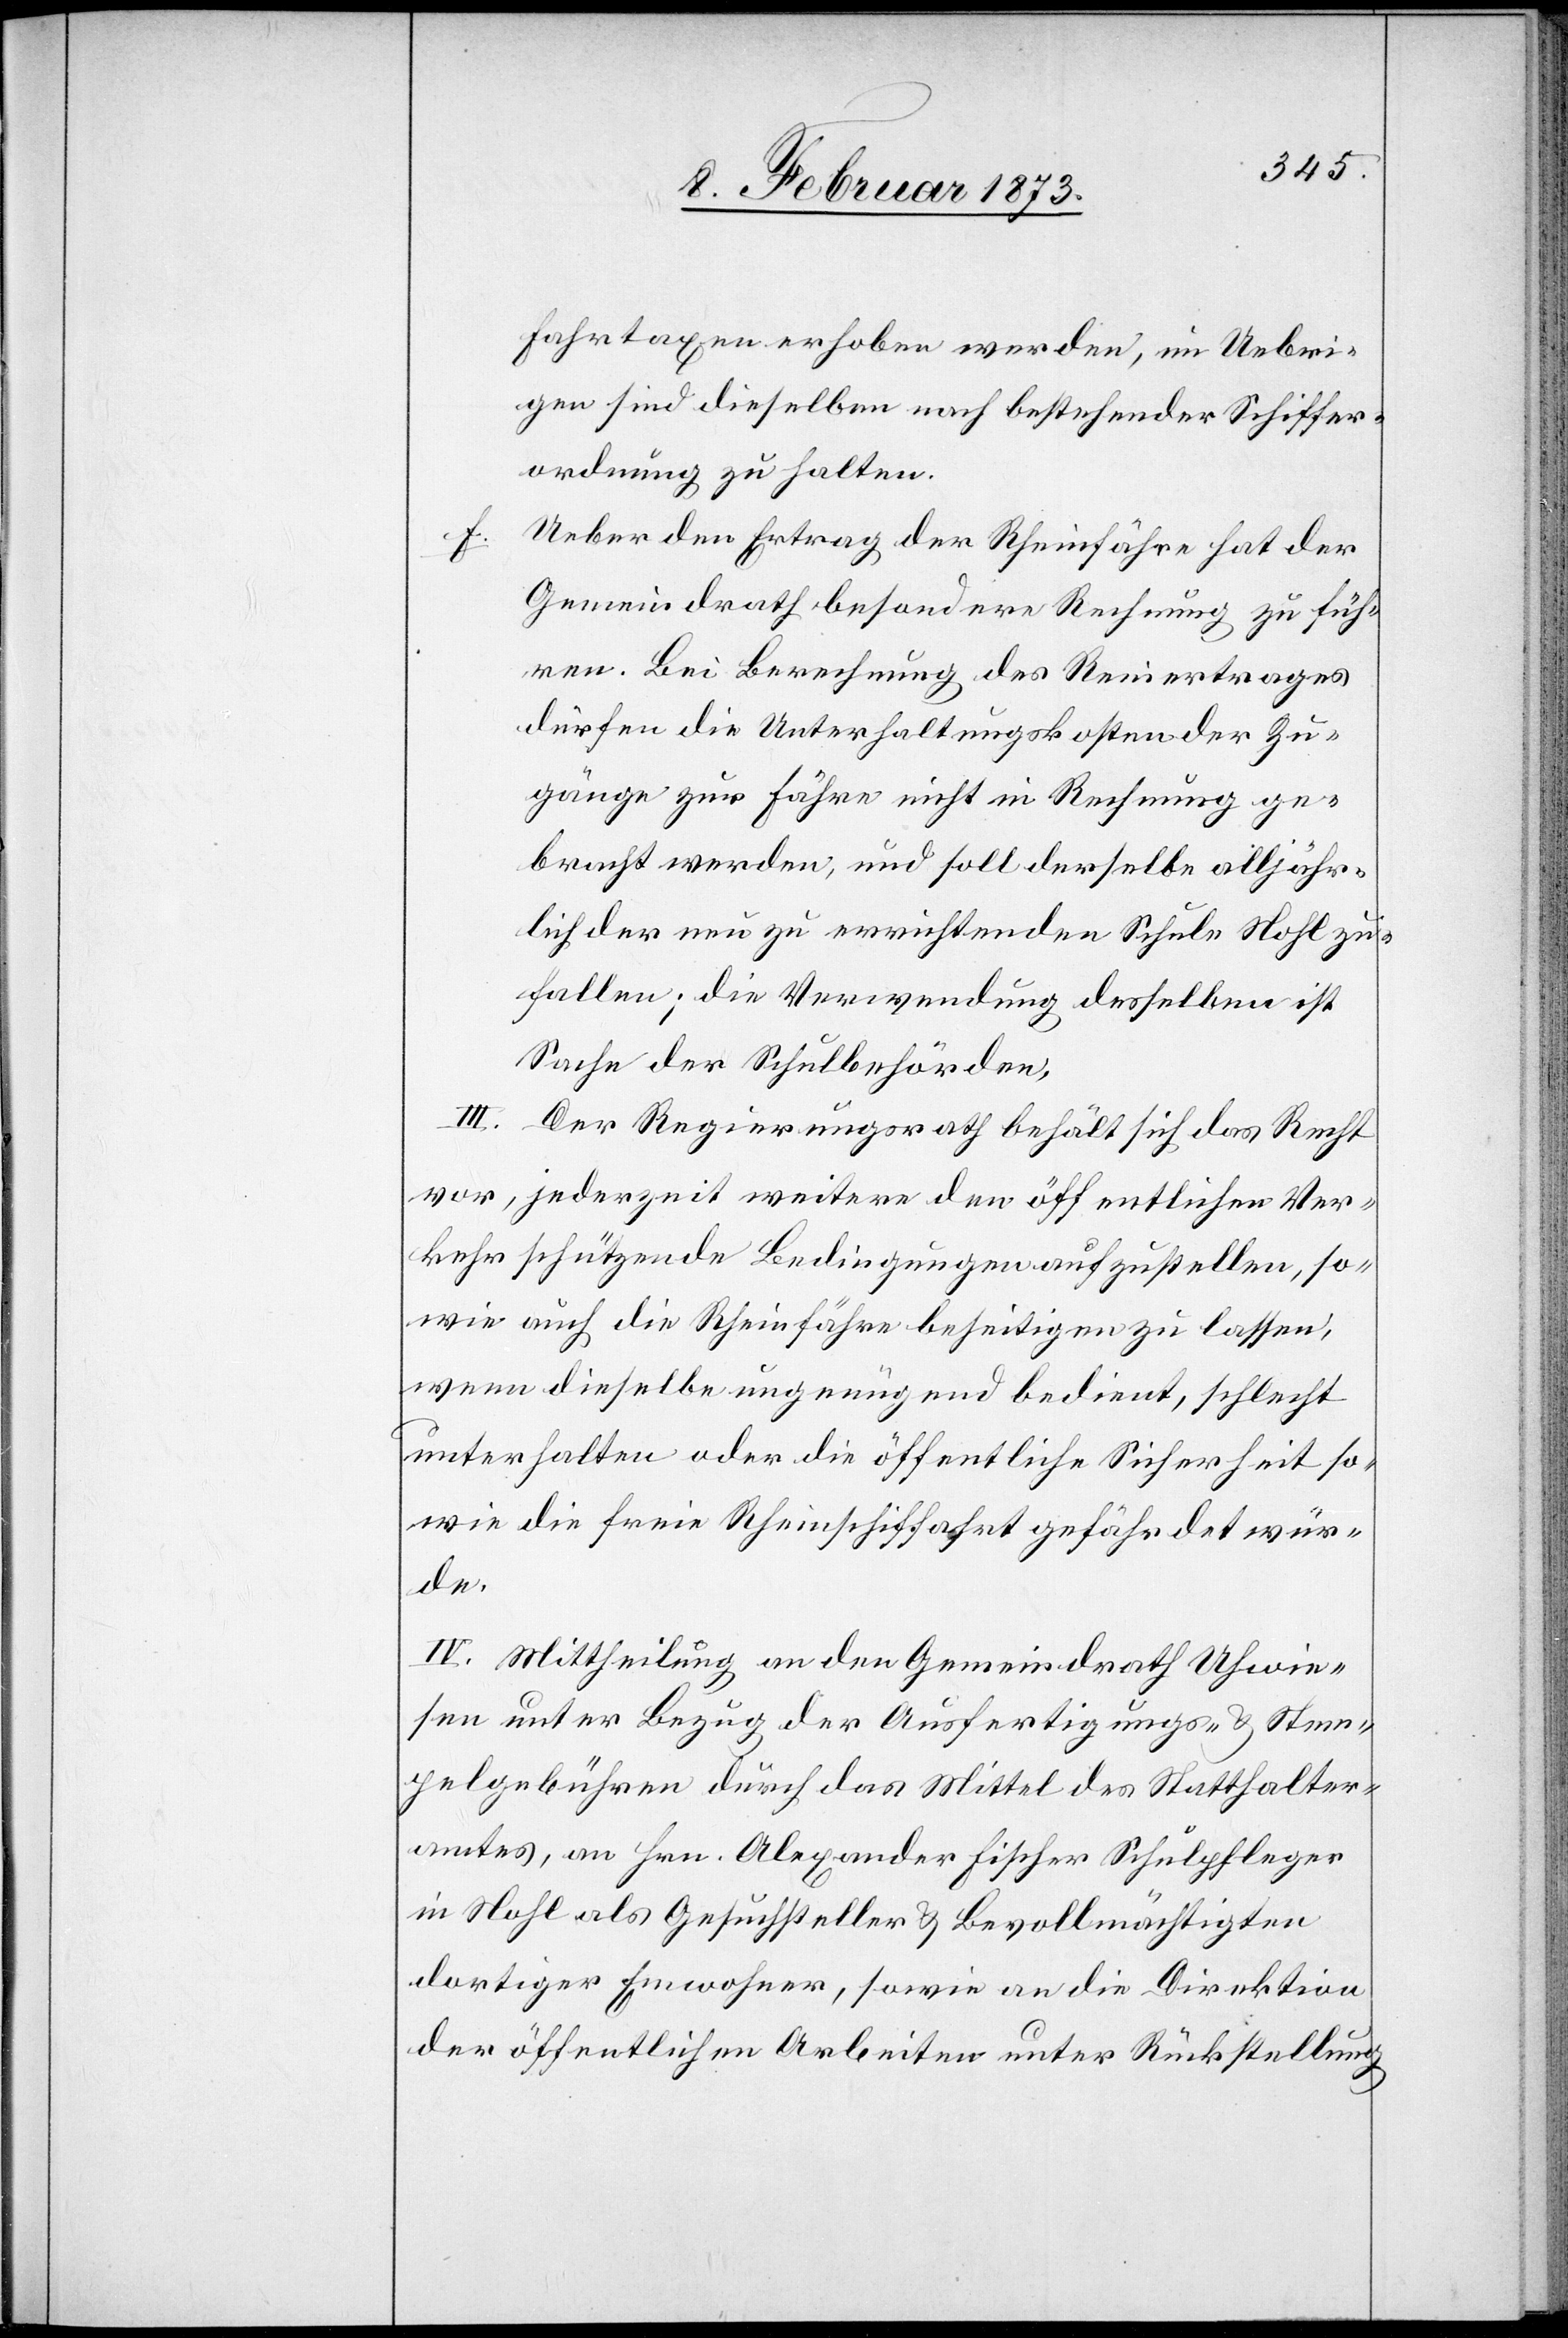
f.

Fahrtaxen erhoben werden, im Uebri¬
gen sind dieselben nach bestehender Schiffer¬
ordnung zu halten.
Ueber den Ertrag der Rheinfähre hat der
Gemeindrath besondere Rechnung zu füh¬
ren. Bei Berechnung des Reinertrages
dürfen die Unterhaltungskosten der Zu¬
gänge zur Fähre nicht in Rechnung ge¬
bracht werden, und soll derselbe alljähr¬
lich der neu zu errichtenden Schule Nohl zu¬
fallen; die Verwendung desselben ist
Sache der Schulbehörden.
III. Der Regierungsrath behält sich das Recht
vor, jederzeit weitere den öffentlichen Ver¬
kehr schützende Bedingungen zustellen, so¬
wie auch die Rheinfähre beseitigen zu lassen,
wenn dieselbe ungenügend bedient, schlecht
unterhalten oder die öffentliche Sicherheit so¬
wie die freie Rheinschiffahrt gefährdet wür¬
de.
IV. Mittheilung an den Gemeindrath Uhwie¬
sen unter Bezug der Ausfertigungs- u. Stem¬
pelgebühren durch das Mittel des Statthalter¬
amtes, an Hrn. Alexander Fischer Schulpfleger
in Nohl als Gesuchsteller u. Bevollmächtigten
dortiger Einwohner, sowie an die Direktion
der öffentlichen Arbeiten unter Rückstellung